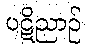
ပဋိညာဉ်